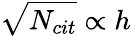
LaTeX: \sqrt{N_{cit}}\propto h